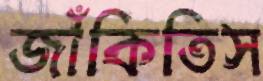
জাঁকিতিস